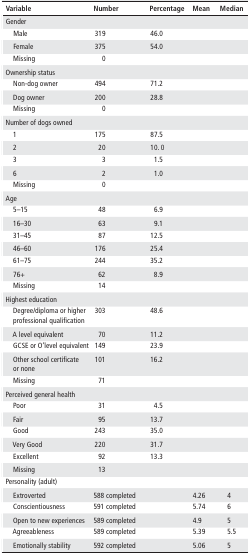
<table><thead><tr><td><b>Variable</b></td><td><b>Number</b></td><td><b>Percentage</b></td><td><b>Mean</b></td><td><b>Median</b></td></tr></thead><tbody><tr><td colspan="5">Gender</td></tr><tr><td> Male</td><td>319</td><td>46.0</td><td></td><td></td></tr><tr><td> Female</td><td>375</td><td>54.0</td><td></td><td></td></tr><tr><td> Missing</td><td>0</td><td></td><td></td><td></td></tr><tr><td colspan="5">Ownership status</td></tr><tr><td> Non-dog owner</td><td>494</td><td>71.2</td><td></td><td></td></tr><tr><td> Dog owner</td><td>200</td><td>28.8</td><td></td><td></td></tr><tr><td> Missing</td><td>0</td><td></td><td></td><td></td></tr><tr><td colspan="5">Number of dogs owned</td></tr><tr><td> 1</td><td>175</td><td>87.5</td><td></td><td></td></tr><tr><td> 2</td><td>20</td><td>10. 0</td><td></td><td></td></tr><tr><td> 3</td><td>3</td><td>1.5</td><td></td><td></td></tr><tr><td> 6</td><td>2</td><td>1.0</td><td></td><td></td></tr><tr><td> Missing</td><td>0</td><td></td><td></td><td></td></tr><tr><td colspan="5">Age</td></tr><tr><td> 5–15</td><td>48</td><td>6.9</td><td></td><td></td></tr><tr><td> 16–30</td><td>63</td><td>9.1</td><td></td><td></td></tr><tr><td> 31–45</td><td>87</td><td>12.5</td><td></td><td></td></tr><tr><td> 46–60</td><td>176</td><td>25.4</td><td></td><td></td></tr><tr><td> 61–75</td><td>244</td><td>35.2</td><td></td><td></td></tr><tr><td> 76+</td><td>62</td><td>8.9</td><td></td><td></td></tr><tr><td> Missing</td><td>14</td><td></td><td></td><td></td></tr><tr><td colspan="5">Highest education</td></tr><tr><td> Degree/diploma or higher professional qualification</td><td>303</td><td>48.6</td><td></td><td></td></tr><tr><td> A level equivalent</td><td>70</td><td>11.2</td><td></td><td></td></tr><tr><td> GCSE or O’level equivalent</td><td>149</td><td>23.9</td><td></td><td></td></tr><tr><td> Other school certificate or none</td><td>101</td><td>16.2</td><td></td><td></td></tr><tr><td> Missing</td><td>71</td><td></td><td></td><td></td></tr><tr><td colspan="5">Perceived general health</td></tr><tr><td> Poor</td><td>31</td><td>4.5</td><td></td><td></td></tr><tr><td> Fair</td><td>95</td><td>13.7</td><td></td><td></td></tr><tr><td> Good</td><td>243</td><td>35.0</td><td></td><td></td></tr><tr><td> Very Good</td><td>220</td><td>31.7</td><td></td><td></td></tr><tr><td> Excellent</td><td>92</td><td>13.3</td><td></td><td></td></tr><tr><td> Missing</td><td>13</td><td></td><td></td><td></td></tr><tr><td colspan="5">Personality (adult)</td></tr><tr><td> Extroverted</td><td>588 completed</td><td></td><td>4.26</td><td> 4</td></tr><tr><td> Conscientiousness</td><td>591 completed</td><td></td><td>5.74</td><td> 6</td></tr><tr><td> Open to new experiences</td><td>589 completed</td><td></td><td>4.9</td><td> 5</td></tr><tr><td> Agreeableness</td><td>589 completed</td><td></td><td>5.39</td><td> 5.5</td></tr><tr><td> Emotionally stability</td><td>592 completed</td><td></td><td>5.06</td><td> 5</td></tr></tbody></table>